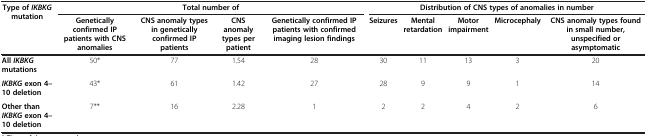
| Type of IKBKG mutation | <COLSPAN=4> Total number of | <COLSPAN=5> Distribution of CNS types of anomalies in number |
 |  | Genetically confirmed IP patients with CNS anomalies | CNS anomaly types in genetically confirmed IP patients | CNS anomaly types per patient | Genetically confirmed IP patients with confirmed imaging lesion findings | Seizures | Mental retardation | Motor impairment | Microcephaly | CNS anomaly types found in small number, unspecified or asymptomatic |
 | --- | --- | --- | --- | --- | --- | --- | --- | --- | --- |
 | All IKBKG mutations | 50* |  | 77 | 1.54 | 28 | 30 | 11 | 13 | 3 | 20 |
 | IKBKG exon 4–10 deletion | 43* |  | 61 | 1.42 | 27 | 28 | 9 | 9 | 1 | 14 |
 | Other than IKBKG exon 4–10 deletion | 7** |  | 16 | 2.28 | 1 | 2 | 2 | 4 | 2 | 6 |